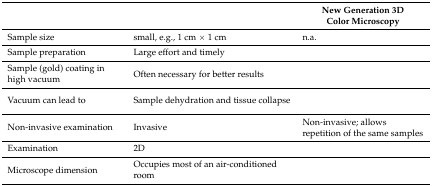
<table><thead><tr><td>[EMPTY_CELL]</td><td>[EMPTY_CELL]</td><td><b>New Generation 3D Color Microscopy</b></td></tr></thead><tbody><tr><td>Sample size</td><td>small, e.g., 1 cm × 1 cm</td><td>n.a.</td></tr><tr><td>Sample preparation</td><td>Large effort and timely</td><td>[EMPTY_CELL]</td></tr><tr><td>Sample (gold) coating in high vacuum</td><td>Often necessary for better results</td><td>[EMPTY_CELL]</td></tr><tr><td>Vacuum can lead to</td><td>Sample dehydration and tissue collapse</td><td>[EMPTY_CELL]</td></tr><tr><td>Non-invasive examination</td><td>Invasive</td><td>Non-invasive; allows repetition of the same samples</td></tr><tr><td>Examination</td><td>2D</td><td>[EMPTY_CELL]</td></tr><tr><td>Microscope dimension</td><td>Occupies most of an air-conditioned room</td><td>[EMPTY_CELL]</td></tr></tbody></table>